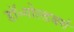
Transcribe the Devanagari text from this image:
डॉ॰गोल्डबर्ग